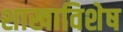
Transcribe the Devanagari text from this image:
शाखाविशेष